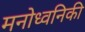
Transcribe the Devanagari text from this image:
मनोध्वनिकी